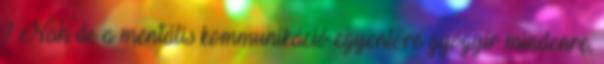
? Nah de a mentális kommunikáció egyenlőre gyógyír mindenre,